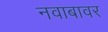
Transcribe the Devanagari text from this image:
नवाबावर